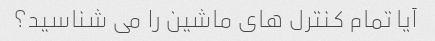
آیا تمام کنترل های ماشین را می شناسید؟